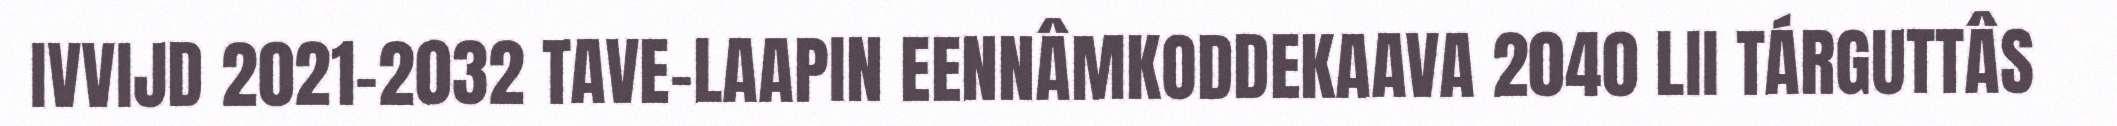
IVVIJD 2021-2032 TAVE-LAAPIN EENNÂMKODDEKAAVA 2040 LII TÁRGUTTÂS